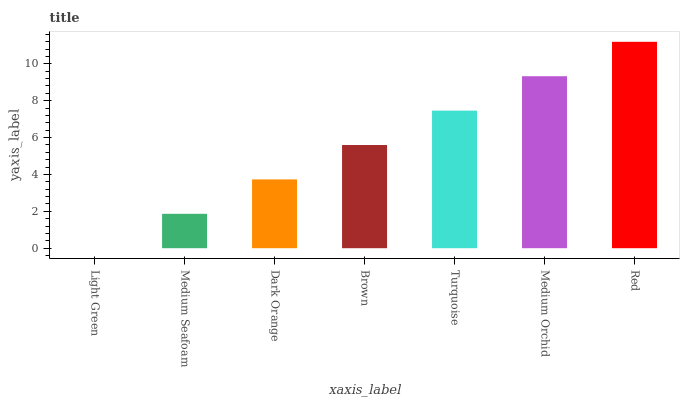
| xaxis_label | bars |
 | --- | --- |
 | Light Green | 0 |
 | Medium Seafoam | 1.87 |
 | Dark Orange | 3.73 |
 | Brown | 5.6 |
 | Turquoise | 7.46 |
 | Medium Orchid | 9.33 |
 | Red | 11.2 |